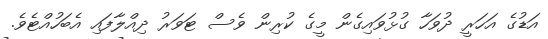
އަޑުގެ އަހަރީ ދުވަހާ ގުޅުވައިގެން މީގެ ކުރިން ވެސް ޓަވަރު ދިއްލާފައި އެބަހުއްޓެވެ.